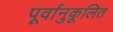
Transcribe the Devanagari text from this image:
पूर्वानुकूलित